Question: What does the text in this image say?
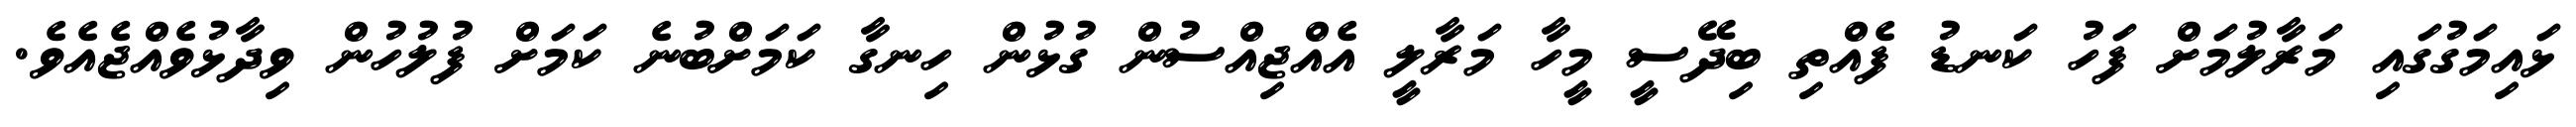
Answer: ޅައިމަގުގައި މަރާލުމަށް ފަހު ކަނޑު ފެއްތި ބިދޭސީ މީހާ މަރާލީ އެއްޖިއްސުން ގުޅުން ހިނގާ ކަމަށްބުނެ ކަމަށް ފުލުހުން ވިދާޅުވެއްޖެއެވެ.